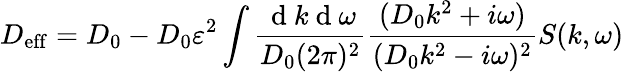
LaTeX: D_{\mathrm{eff}}=D_{0}-D_{0}\varepsilon^{2}\int\frac{\mathrm{~d~}k\mathrm{~d~}\omega}{D_{0}(2\pi)^{2}}\frac{(D_{0}k^{2}+i\omega)}{(D_{0}k^{2}-i\omega)^{2}}S(k,\omega)